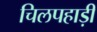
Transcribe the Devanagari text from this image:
चिलपहाड़ी